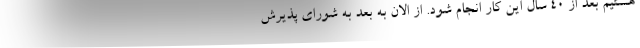
هستیم بعد از 40 سال این کار انجام شود. از الان به بعد به شورای پذیرش